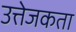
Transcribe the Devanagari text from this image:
उत्तेजकता